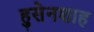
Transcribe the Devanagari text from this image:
हुसेनशाह